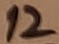
Text: 12